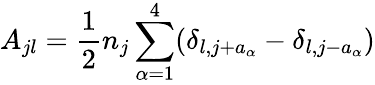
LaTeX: A_{jl}=\frac 12n_{j}\sum_{\alpha=1}^{4}(\delta_{l,j+a_{\alpha}}-\delta_{l,j-a_{\alpha}})